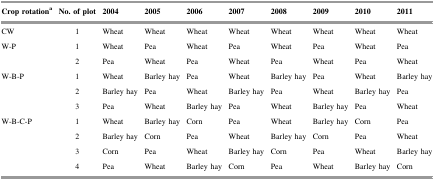
<table><thead><tr><td><b>Crop rotation<sup>a</sup></b></td><td><b>No. of plot</b></td><td><b>2004</b></td><td><b>2005</b></td><td><b>2006</b></td><td><b>2007</b></td><td><b>2008</b></td><td><b>2009</b></td><td><b>2010</b></td><td><b>2011</b></td></tr></thead><tbody><tr><td>CW</td><td>1</td><td>Wheat</td><td>Wheat</td><td>Wheat</td><td>Wheat</td><td>Wheat</td><td>Wheat</td><td>Wheat</td><td>Wheat</td></tr><tr><td>W-P</td><td>1</td><td>Wheat</td><td>Pea</td><td>Wheat</td><td>Pea</td><td>Wheat</td><td>Pea</td><td>Wheat</td><td>Pea</td></tr><tr><td></td><td>2</td><td>Pea</td><td>Wheat</td><td>Pea</td><td>Wheat</td><td>Pea</td><td>Wheat</td><td>Pea</td><td>Wheat</td></tr><tr><td>W-B-P</td><td>1</td><td>Wheat</td><td>Barley hay</td><td>Pea</td><td>Wheat</td><td>Barley hay</td><td>Pea</td><td>Wheat</td><td>Barley hay</td></tr><tr><td></td><td>2</td><td>Barley hay</td><td>Pea</td><td>Wheat</td><td>Barley hay</td><td>Pea</td><td>Wheat</td><td>Barley hay</td><td>Pea</td></tr><tr><td></td><td>3</td><td>Pea</td><td>Wheat</td><td>Barley hay</td><td>Pea</td><td>Wheat</td><td>Barley hay</td><td>Pea</td><td>Wheat</td></tr><tr><td>W-B-C-P</td><td>1</td><td>Wheat</td><td>Barley hay</td><td>Corn</td><td>Pea</td><td>Wheat</td><td>Barley hay</td><td>Corn</td><td>Pea</td></tr><tr><td></td><td>2</td><td>Barley hay</td><td>Corn</td><td>Pea</td><td>Wheat</td><td>Barley hay</td><td>Corn</td><td>Pea</td><td>Wheat</td></tr><tr><td></td><td>3</td><td>Corn</td><td>Pea</td><td>Wheat</td><td>Barley hay</td><td>Corn</td><td>Pea</td><td>Wheat</td><td>Barley hay</td></tr><tr><td></td><td>4</td><td>Pea</td><td>Wheat</td><td>Barley hay</td><td>Corn</td><td>Pea</td><td>Wheat</td><td>Barley hay</td><td>Corn</td></tr></tbody></table>